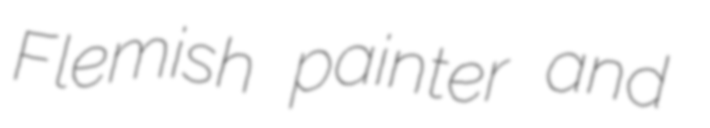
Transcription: Flemish painter and